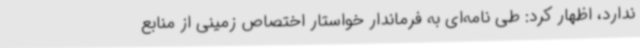
ندارد، اظهار کرد: طی نامه‌ای به فرماندار خواستار اختصاص زمینی از منابع